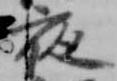
夜